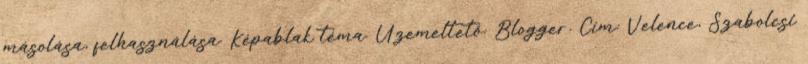
másolása, felhasználása. Képablak téma. Üzemeltető: Blogger. Cím: Velence, Szabolcsi